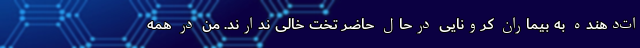
ات‌دهنده به بیماران کرونایی درحال حاضر تخت خالی ندارند. من در همه